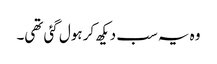
وہ یہ سب دیکھ کر ہول گئی تھی۔